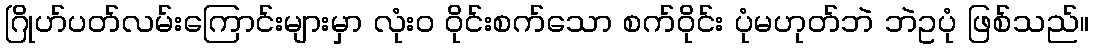
ဂြိုဟ်ပတ်လမ်းကြောင်းများမှာ လုံးဝ ဝိုင်းစက်သော စက်ဝိုင်း ပုံမဟုတ်ဘဲ ဘဲဥပုံ ဖြစ်သည်။